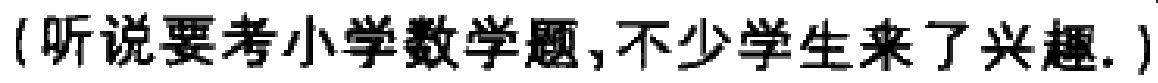
（听说要考小学数学题,不少学生来了兴趣.）